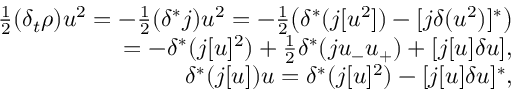
\begin{array} { r } { \frac 1 2 ( \delta _ { t } \rho ) u ^ { 2 } = - \frac 1 2 ( \delta ^ { * } j ) u ^ { 2 } = - \frac 1 2 \big ( \delta ^ { * } ( j [ u ^ { 2 } ] ) - [ j \delta ( u ^ { 2 } ) ] ^ { * } \big ) } \\ { = - \delta ^ { * } ( j [ u ] ^ { 2 } ) + \frac 1 2 \delta ^ { * } ( j u _ { - } u _ { + } ) + [ j [ u ] \delta u ] , } \\ { \delta ^ { * } ( j [ u ] ) u = \delta ^ { * } ( j [ u ] ^ { 2 } ) - [ j [ u ] \delta u ] ^ { * } , } \end{array}